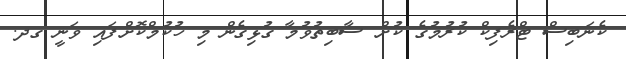
ކެނަބިސް ޓްރެފިކް ކުރުމުގެ ކުށް ސާބިތުވުމާ ގުޅިގެން މި ހުކުމްކޮށްފައި ވަނީ ގދ.